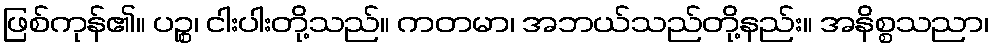
ဖြစ်ကုန်၏။ ပဉ္စ၊ ငါးပါးတို့သည်။ ကတမာ၊ အဘယ်သည်တို့နည်း။ အနိစ္စသညာ၊